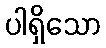
ပါရှိသော